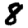
Digit: 8